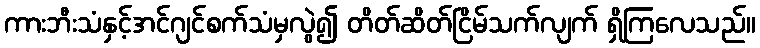
ကားဘီးသံနှင့်အင်ဂျင်စက်သံမှလွဲ၍ တိတ်ဆိတ်ငြိမ်သက်လျက် ရှိကြလေသည်။